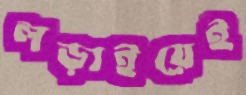
লড়াইয়েই